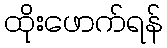
ထိုးဖောက်ရန်